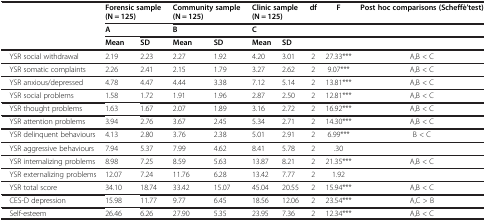
<table><thead><tr><td><b> </b></td><td colspan="2"><b>Forensic sample (N = 125)</b></td><td colspan="2"><b>Community sample (N = 125)</b></td><td colspan="2"><b>Clinic sample (N = 125)</b></td><td><b>df</b></td><td><b>F</b></td><td><b>Post hoc comparisons (Scheffè’test)</b></td></tr><tr><td><b> </b></td><td><b>A</b></td><td><b> </b></td><td><b>B</b></td><td><b> </b></td><td><b>C</b></td><td><b> </b></td><td><b> </b></td><td><b> </b></td><td><b> </b></td></tr><tr><td><b> </b></td><td><b>Mean</b></td><td><b>SD</b></td><td><b>Mean</b></td><td><b>SD</b></td><td><b>Mean</b></td><td><b>SD</b></td><td><b> </b></td><td><b> </b></td><td><b> </b></td></tr></thead><tbody><tr><td> YSR social withdrawal</td><td>2.19</td><td>2.23</td><td>2.27</td><td>1.92</td><td>4.20</td><td>3.01</td><td>2</td><td>27.33***</td><td>A,B &lt; C</td></tr><tr><td> YSR somatic complaints</td><td>2.26</td><td>2.41</td><td>2.15</td><td>1.79</td><td>3.27</td><td>2.62</td><td>2</td><td>9.07***</td><td>A,B &lt; C</td></tr><tr><td> YSR anxious/depressed</td><td>4.78</td><td>4.47</td><td>4.44</td><td>3.38</td><td>7.12</td><td>5.14</td><td>2</td><td>13.81***</td><td>A,B &lt; C</td></tr><tr><td> YSR social problems</td><td>1.58</td><td>1.72</td><td>1.91</td><td>1.96</td><td>2.87</td><td>2.50</td><td>2</td><td>12.81***</td><td>A,B &lt; C</td></tr><tr><td> YSR thought problems</td><td>1.63</td><td>1.67</td><td>2.07</td><td>1.89</td><td>3.16</td><td>2.72</td><td>2</td><td>16.92***</td><td>A,B &lt; C</td></tr><tr><td> YSR attention problems</td><td>3.94</td><td>2.76</td><td>3.67</td><td>2.45</td><td>5.34</td><td>2.71</td><td>2</td><td>14.30***</td><td>A,B &lt; C</td></tr><tr><td> YSR delinquent behaviours</td><td>4.13</td><td>2.80</td><td>3.76</td><td>2.38</td><td>5.01</td><td>2.91</td><td>2</td><td>6.99***</td><td>B &lt; C</td></tr><tr><td> YSR aggressive behaviours</td><td>7.94</td><td>5.37</td><td>7.99</td><td>4.62</td><td>8.41</td><td>5.78</td><td>2</td><td>.30</td><td> </td></tr><tr><td> YSR internalizing problems</td><td>8.98</td><td>7.25</td><td>8.59</td><td>5.63</td><td>13.87</td><td>8.21</td><td>2</td><td>21.35***</td><td>A,B &lt; C</td></tr><tr><td> YSR externalizing problems</td><td>12.07</td><td>7.24</td><td>11.76</td><td>6.28</td><td>13.42</td><td>7.77</td><td>2</td><td>1.92</td><td> </td></tr><tr><td> YSR total score</td><td>34.10</td><td>18.74</td><td>33.42</td><td>15.07</td><td>45.04</td><td>20.55</td><td>2</td><td>15.94***</td><td>A,B &lt; C</td></tr><tr><td> CES-D depression</td><td>15.98</td><td>11.77</td><td>9.77</td><td>6.45</td><td>18.56</td><td>12.06</td><td>2</td><td>23.54***</td><td>A,C &gt; B</td></tr><tr><td> Self-esteem</td><td>26.46</td><td>6.26</td><td>27.90</td><td>5.35</td><td>23.95</td><td>7.36</td><td>2</td><td>12.34***</td><td>A,B &lt; C</td></tr></tbody></table>